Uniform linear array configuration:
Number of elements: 48
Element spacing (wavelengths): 1
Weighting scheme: uniform
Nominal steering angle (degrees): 30
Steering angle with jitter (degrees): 30.263
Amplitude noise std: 0.05
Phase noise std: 0.05

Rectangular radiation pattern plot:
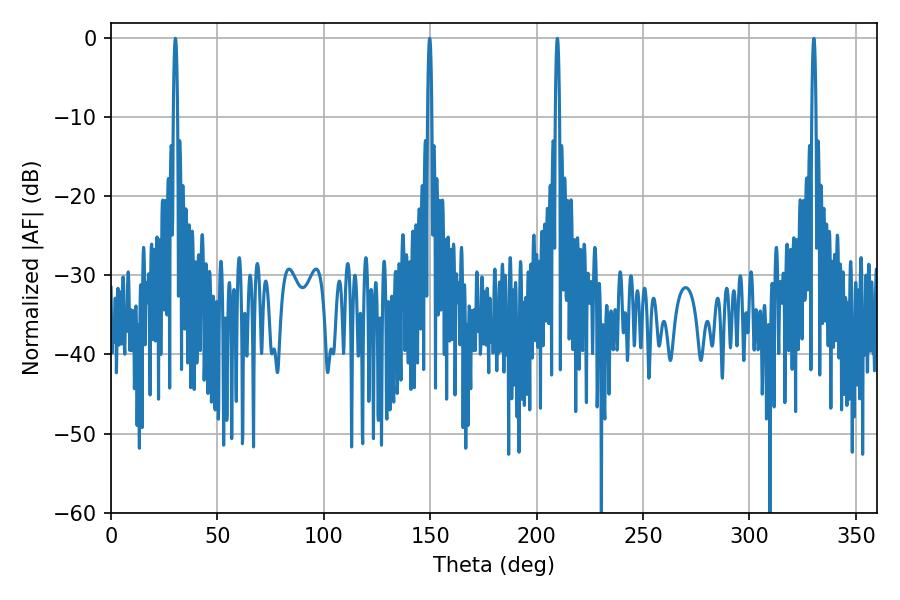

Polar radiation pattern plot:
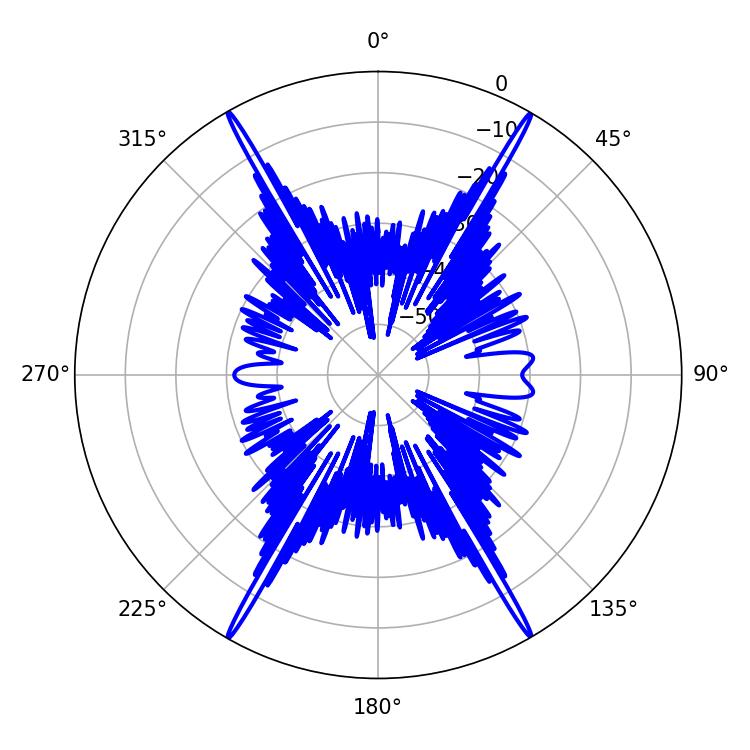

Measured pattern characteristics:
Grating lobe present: TRUE
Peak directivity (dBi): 34.449
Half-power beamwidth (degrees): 1.08
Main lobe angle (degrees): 149.76